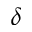
\delta